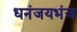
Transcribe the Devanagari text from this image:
धनंजयभंज